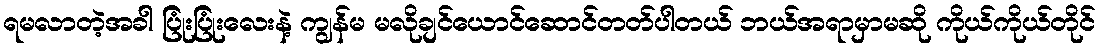
ရမလာတဲ့အခါ ပြုံးပြုံးလေးနဲ့ ကျွန်မ မလိုချင်ယောင်ဆောင်တတ်ပါတယ် ဘယ်အရာမှာမဆို ကိုယ်ကိုယ်တိုင်